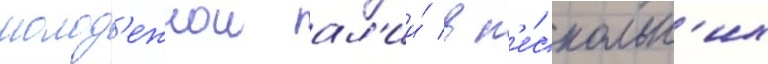
молод'ежнои ал'ии́ в н'е́скольк'их